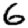
Digit: 6